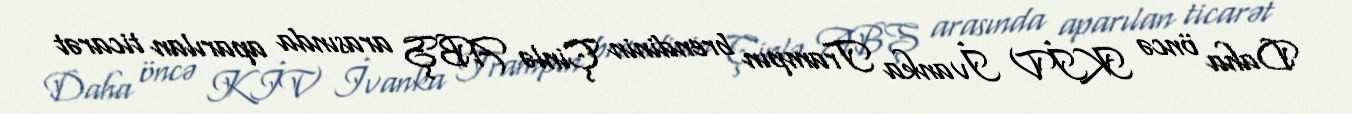
Daha öncə KİV İvanka Trampın brendinin Çinlə ABŞ arasında aparılan ticarət